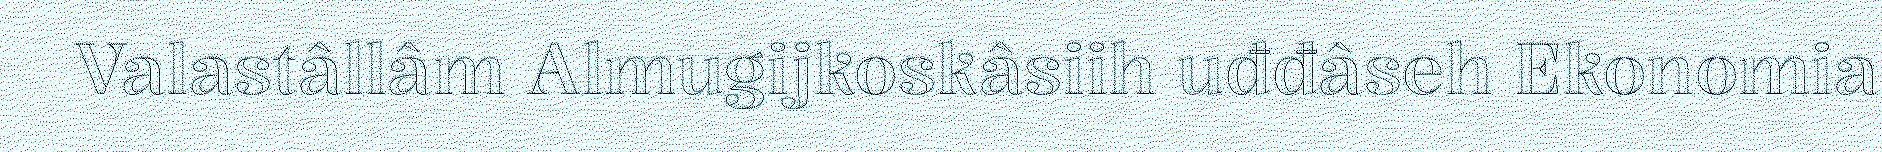
Valastâllâm Almugijkoskâsiih uđđâseh Ekonomia